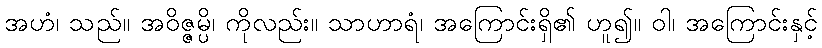
အဟံ၊ သည်။ အဝိဇ္ဇမ္ပိ၊ ကိုလည်း။ သာဟာရံ၊ အကြောင်းရှိ၏ ဟူ၍။ ဝါ၊ အကြောင်းနှင့်